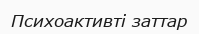
Психоактивті заттар